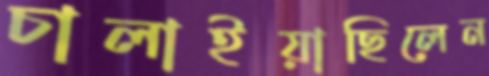
চালাইয়াছিলেন